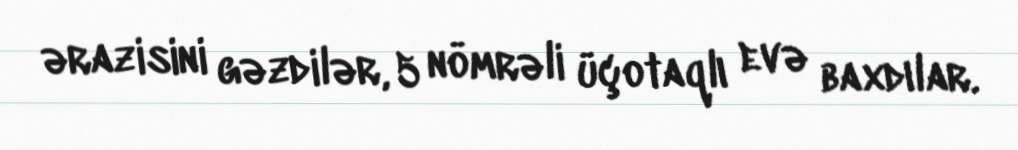
ərazisini gəzdilər, 5 nömrəli üçotaqlı evə baxdılar.